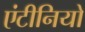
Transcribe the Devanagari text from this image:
एंटीनियो